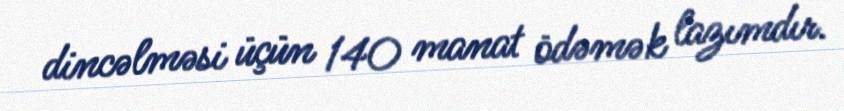
dincəlməsi üçün 140 manat ödəmək lazımdır.